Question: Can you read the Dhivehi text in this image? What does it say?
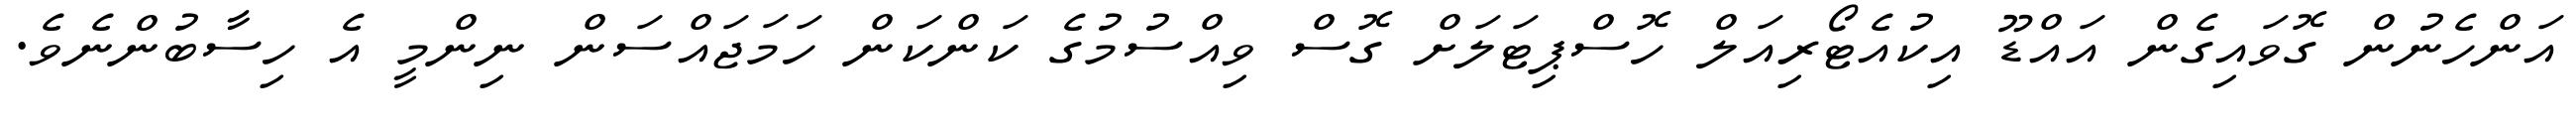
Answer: އަންހެނުން ގޮވައިގެން އައްޑޫ އިކުއެޓޯރިއަލް ހޮސްޕިޓަލަށް ގޮސް ވިއްސުމުގެ ކަންކަން ހަމަޖައްސަން ނިންމީ އެ ހިސާބުންނެވެ.